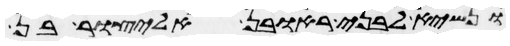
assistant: ונשיא לבני ראובן אליצור בן